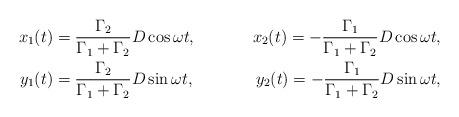
LaTeX: \begin{align*}x_1(t) &= \frac{\Gamma_2}{\Gamma_1+\Gamma_2}D\cos \omega t, &x_2(t) = -\frac{\Gamma_1}{\Gamma_1+\Gamma_2}D\cos \omega t, \\y_1(t) &= \frac{\Gamma_2}{\Gamma_1+\Gamma_2}D\sin \omega t, &y_2(t) = -\frac{\Gamma_1}{\Gamma_1+\Gamma_2}D\sin \omega t,\end{align*}